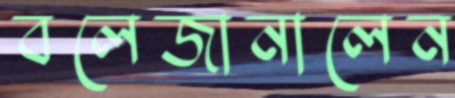
বলেজানালেন